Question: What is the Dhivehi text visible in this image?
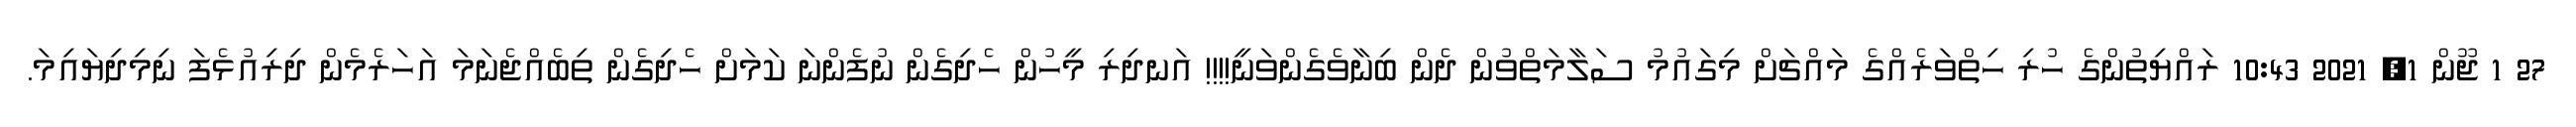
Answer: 27 1 ޖޫން 1, 2021 10:43 ރައްޔިތުންގެ ހުރި ހިތްވަރެއްގެ މައްޗަށް މިގައުމު ސަލާމަތްވުން ދެން ބިނާވެގެންވަނީ!!!! އަނދިރި މީހުން ހެދިގެން ނުފެންނަ ކަމަށް ހެދިގެން ތިބެއްޖެނަމަ އަހަރެމެން ދިރިއުޅެފަ ނިމިދިޔައިމަ.